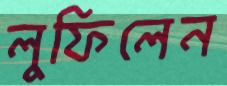
লুফিলেন